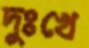
দুঃখে